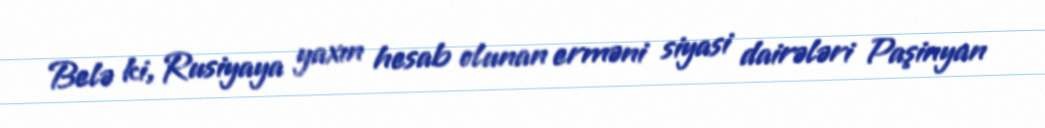
Belə ki, Rusiyaya yaxın hesab olunan erməni siyasi dairələri Paşinyan